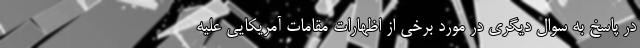
در پاسخ به سوال دیگری در مورد برخی از اظهارات مقامات آمریکایی علیه